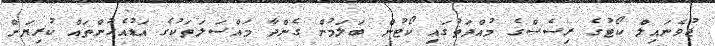
ޖުވެނައިލް ކޯޓުގެ ރިސެސްގެ މުއްދަތުގައި ކޯޓުން ބަލަމުން ގެންދާ މައްސަލަތަކުގެ އަޑުއެހުންތައް ކުރިޔަށް